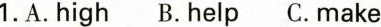
1.A.high B.help C.make